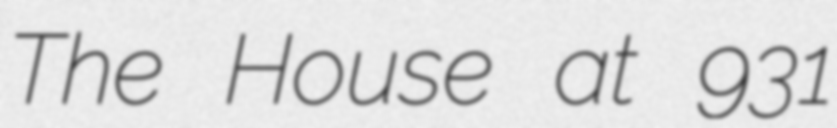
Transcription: The House at 931